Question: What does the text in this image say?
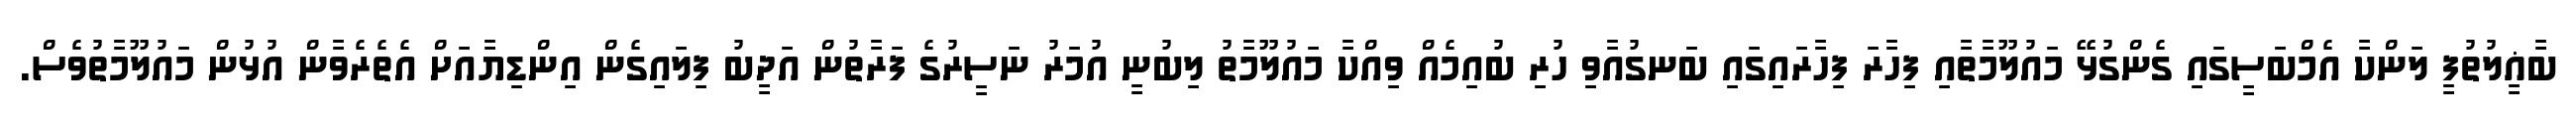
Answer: ބާޣީލުތުފީ ލަންކާ އެމްބަސީގައި ގެންގުޅޭ މައުލޫމާތާއި ފިހާރަ ފިހާރައިގައި ބަނގުއާވި ހުރި ބުއިމެއް ވިއްކާ މައުލޫމާތު ލިބުނީ އުމަރު ނަސީރުގެ ފަރާތުން އަދީބު ފިލައިގެން އިންޑިޔާއަށް އެތެރެވާން އުޅުން މައުލޫމާތުވެސް.